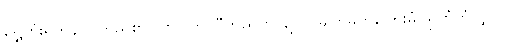
ရွှေကုံးရတနာ၊ ကြည်စွာပြတ်ပြတ်၊ ပီတိညွတ်လျက်၊ မျက်မှတ်ကြေးမုံ၊ ရှုတုံတုံလျှင်၊